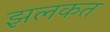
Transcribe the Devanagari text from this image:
झलकत